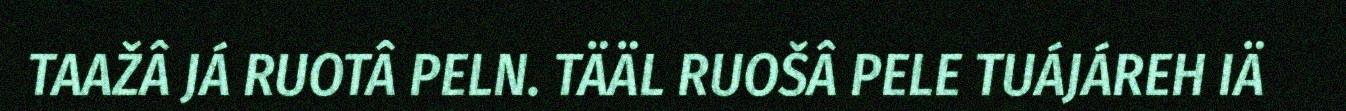
TAAŽÂ JÁ RUOTÂ PELN. TÄÄL RUOŠÂ PELE TUÁJÁREH IÄ